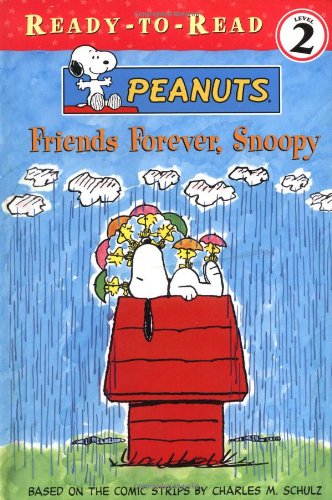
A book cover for Friends Forever, Snoopy; Charles M. Schulz; Children's Books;